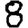
Digit: 8